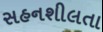
સહનશીલતા